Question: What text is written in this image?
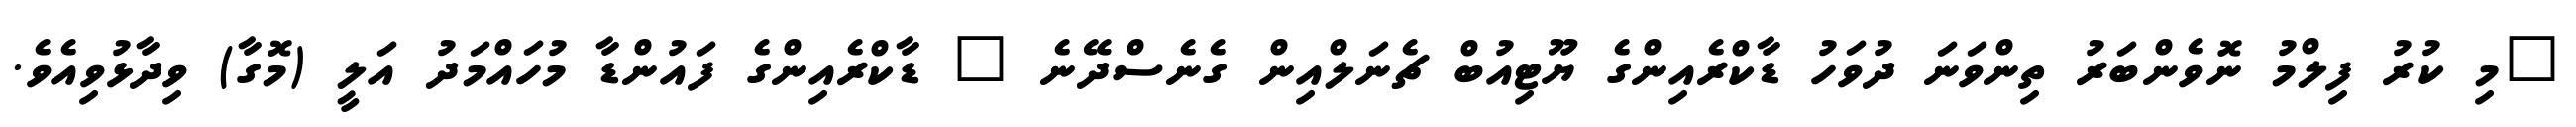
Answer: "މި ކުރު ފިލްމު ނޮވެންބަރު ތިންވަނަ ދުވަހު ޑާކްރެއިންގެ ޔޫޓިއުބް ޗެނަލްއިން ގެނެސްދޭނެ " ޑާކްރެއިންގެ ފައުންޑާ މުހައްމަދު އަލީ (މޮގާ) ވިދާޅުވިއެވެ.